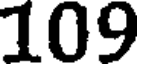
109